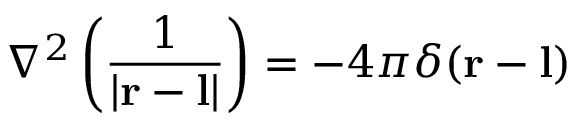
\nabla ^ { 2 } \left( { \frac { 1 } { | \mathbf { r } - \mathbf { l } | } } \right) = - 4 \pi \delta ( \mathbf { r } - \mathbf { l } )